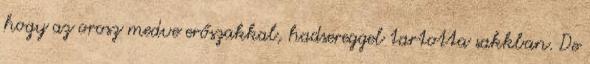
hogy az orosz medve erőszakkal, hadsereggel tartotta sakkban. De